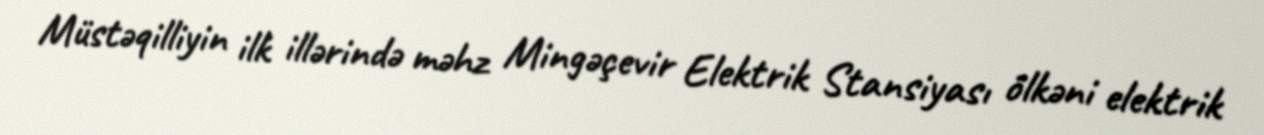
Müstəqilliyin ilk illərində məhz Mingəçevir Elektrik Stansiyası ölkəni elektrik